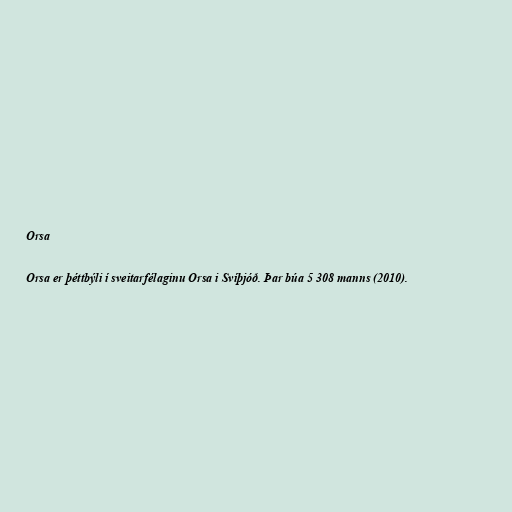
Orsa

Orsa er þéttbýli í sveitarfélaginu Orsa i Svíþjóð. Þar búa 5 308 manns (2010).